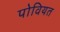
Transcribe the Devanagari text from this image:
पोवियत